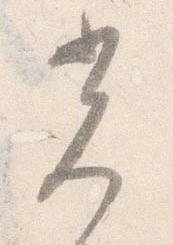
光